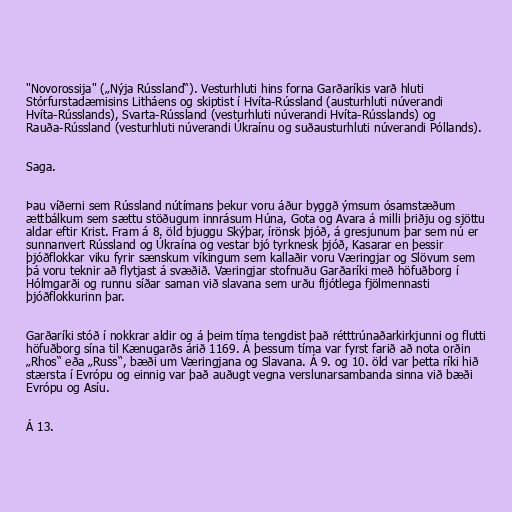
"Novorossija" („Nýja Rússland“). Vesturhluti hins forna Garðaríkis varð hluti
Stórfurstadæmisins Litháens og skiptist í Hvíta-Rússland (austurhluti núverandi
Hvíta-Rússlands), Svarta-Rússland (vesturhluti núverandi Hvíta-Rússlands) og
Rauða-Rússland (vesturhluti núverandi Úkraínu og suðausturhluti núverandi Póllands).

Saga.

Þau víðerni sem Rússland nútímans þekur voru áður byggð ýmsum ósamstæðum
ættbálkum sem sættu stöðugum innrásum Húna, Gota og Avara á milli þriðju og sjöttu
aldar eftir Krist. Fram á 8. öld bjuggu Skýþar, írönsk þjóð, á gresjunum þar sem nú er
sunnanvert Rússland og Úkraína og vestar bjó tyrknesk þjóð, Kasarar en þessir
þjóðflokkar viku fyrir sænskum víkingum sem kallaðir voru Væringjar og Slövum sem
þá voru teknir að flytjast á svæðið. Væringjar stofnuðu Garðaríki með höfuðborg í
Hólmgarði og runnu síðar saman við slavana sem urðu fljótlega fjölmennasti
þjóðflokkurinn þar.

Garðaríki stóð í nokkrar aldir og á þeim tíma tengdist það rétttrúnaðarkirkjunni og flutti
höfuðborg sína til Kænugarðs árið 1169. Á þessum tíma var fyrst farið að nota orðin
„Rhos“ eða „Russ“, bæði um Væringjana og Slavana. Á 9. og 10. öld var þetta ríki hið
stærsta í Evrópu og einnig var það auðugt vegna verslunarsambanda sinna við bæði
Evrópu og Asíu.

Á 13.